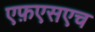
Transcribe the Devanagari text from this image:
एफ़एसएच